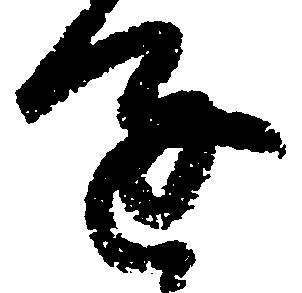
進